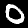
Digit: 0